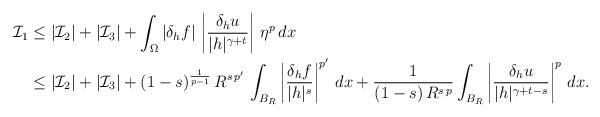
LaTeX: \begin{align*}\mathcal{I}_1&\le |\mathcal{I}_2|+|\mathcal{I}_3|+\int_\Omega \left|\delta_h f\right|\, \left|\frac{\delta_h u}{|h|^{\gamma+t}}\right|\,\eta^p\,dx\\&\le |\mathcal{I}_2|+|\mathcal{I}_3|+(1-s)^\frac{1}{p-1}\,R^{s\,p'}\,\int_{B_R}\left|\frac{\delta_h f}{|h|^s}\right|^{p'}\,dx+\frac{1}{(1-s)\,R^{s\,p}}\int_{B_R}\left|\frac{\delta_h u}{|h|^{\gamma+t-s}}\right|^p\,dx.\end{align*}